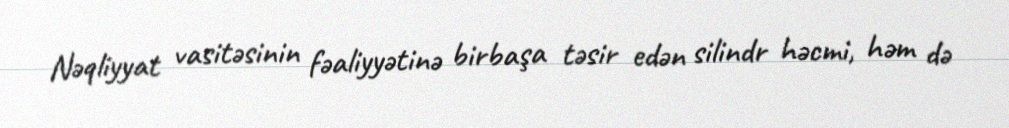
Nəqliyyat vasitəsinin fəaliyyətinə birbaşa təsir edən silindr həcmi, həm də